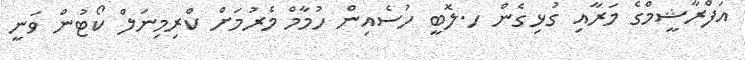
އަފްރާޝީމްގެ މަރާއި ގުޅިގެން ހ.ލޮބީ ހުސެއިން ހުމާމް މެރުމަށް ކްރިމިނަލް ކޯޓުން ވަނީ